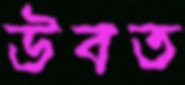
উবত